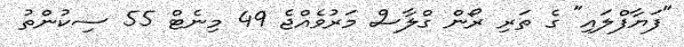
"ފަޔާފްލައި" ގެ ތަރި ރޯން ގްލާސް މަރުވެއްޖެ 49 މިނެޓް 55 ސިކުންތު